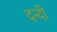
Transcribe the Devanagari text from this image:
दन्दी